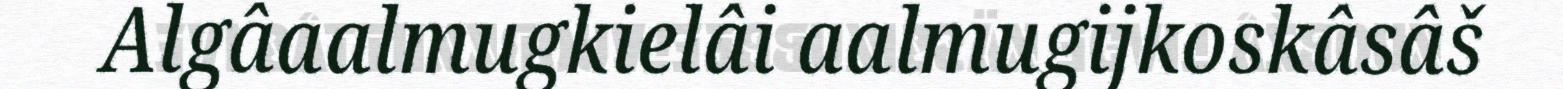
Algâaalmugkielâi aalmugijkoskâsâš